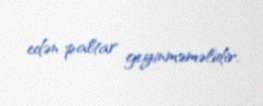
edən paltar geyinməməlidir.